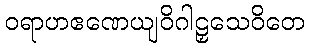
ဝရာဟဧဏေယျဝိဂါဠှသေဝိတေ